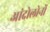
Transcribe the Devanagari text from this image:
आंदोलोनों